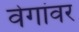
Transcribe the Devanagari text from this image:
वेगांवर